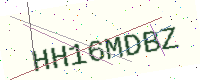
Text: HH16MDBZ